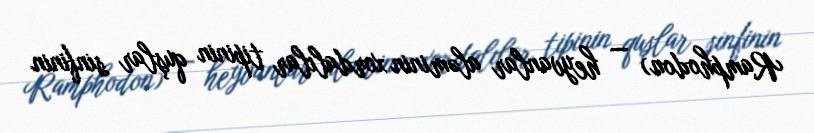
Ramphodon) — heyvanlar aləminin xordalılar tipinin quşlar sinfinin